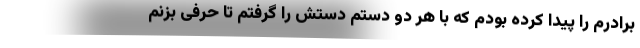
برادرم را پیدا کرده بودم که با هر دو دستم دستش را گرفتم تا حرفی بزنم